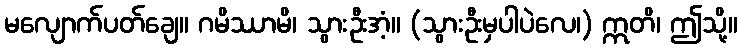
မလျောက်ပတ်ချေ။ ဂမိဿာမိ၊ သွားဦးအံ့။ (သွားဦးမှပါပဲလေ၊) ဣတိ၊ ဤသို့။